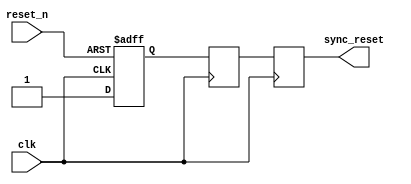
module async_reset_synchronizer (
    input wire reset_n,  // Active low asynchronous reset
    input wire clk,      // Clock signal
    output reg sync_reset // Synchronized reset signal (active low)
);

    // Internal signals for synchronization
    reg reset_n_ff1; // First flip-flop output
    reg reset_n_ff2; // Second flip-flop output

    // Asynchronous reset logic
    always @(posedge clk or negedge reset_n) begin
        if (!reset_n) begin
            reset_n_ff1 <= 1'b0; // Assert reset on async reset
        end else begin
            reset_n_ff1 <= 1'b1; // Deassert reset when reset_n is high
        end
    end

    // Synchronization logic
    always @(posedge clk) begin
        reset_n_ff2 <= reset_n_ff1; // Synchronize the first flip-flop output
    end

    // Output logic for synchronized reset
    always @(posedge clk) begin
        sync_reset <= reset_n_ff2; // Output the synchronized reset
    end

endmodule